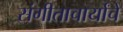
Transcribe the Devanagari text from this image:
संगीताचार्यांचे